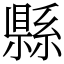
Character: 縣